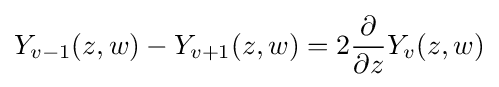
Y_{v-1}(z,w)-Y_{v+1}(z,w)=2{\dfrac {\partial }{\partial z}}Y_{v}(z,w)